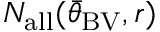
N _ { \mathrm { a l l } } ( { \bar { \theta } } _ { \mathrm { B V } } , r )